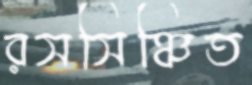
রসসিঞ্চিত